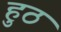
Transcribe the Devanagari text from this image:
हुठ